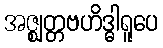
အဇ္ဈတ္တဗဟိဒ္ဓါရူပေ